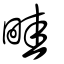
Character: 畦